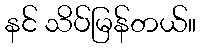
နင် သိပ်မြန်တယ်။